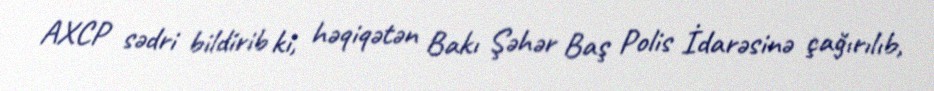
AXCP sədri bildirib ki, həqiqətən Bakı Şəhər Baş Polis İdarəsinə çağırılıb,